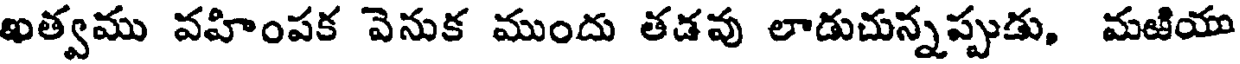
ఖత్వము వహింపక వెనుక ముందు తడవు లాడుచున్నప్పుడు, మజియు